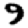
Digit: 9